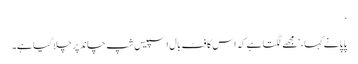
‘
پاپا نے کہا ، ‘مجھے لگتا ہے کہ اس کا فٹ بال اسپیس شپ چاند پر چلا گیا ہے۔